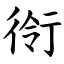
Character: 衑